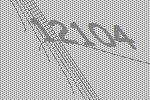
12104